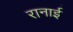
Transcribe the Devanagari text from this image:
रानाई